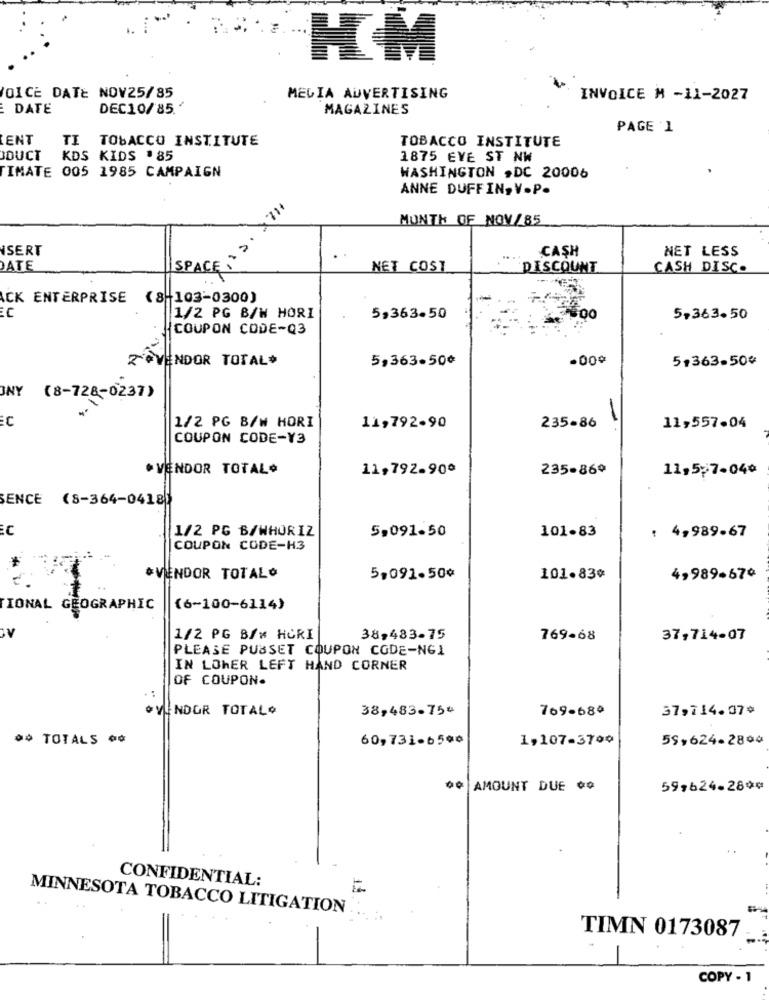
HM
OICE DATE NOV25/85
MELIA ADVERTISING
INVOICE M -11-2027
DATE
DEC10/85.'
MAGAZINES
PAGE 1
ENT
TI TOBACCO INSTITUTE
TOBACCO INSTITUTE
DUCT KDS KIDS .85
1875 EVE ST NW
TIMATE 005 1985 CAMPAIGN
WASHINGTON , DC 20006
ANNE DUFFIN, V.P.
MONTH OF NOV/85
ISERT
CASH
NET LESS
SPACE,>:
DATE
NET COST
DISCOUNT
CASH DISC.
CK ENTERPRISE (8-103-0300)
EC
1/2 PG B/W HORI
5,363.50
5,363.50
HCOUPON CODE-Q3
Z'#VENDOR TOTAL*
5,363-50¢
.000
51363-504
(8-728-0237)
1/2 PG B/W HORI
11,792-90
235-86
11,557-04
COUPON CODE-Y3
* VENDOR TOTAL*
11,792-90º
235-86º
11,57.040
SENCE (8-364-0418)
EC
5,091.50
: 4,989-67
1/2 PG B/WHORIZ
101-83
COUPON CODE-H3
*VENDOR TOTALO
5,091-50¢
101.830
4,989-670
TIONAL GEOGRAPHIC
(6-100-6114)
1/2 PG B/# HCRI
38,483-75
769-68
37,714-07
PLEASE PUBSET COUPON CODE-NGI
IN LOWER LEFT HAND CORNER
OF COUPON.
·VENDOR TOTAL+
38,483-754
769-680
37,714.07*
00 TOTALS o¢
60,731-6590
1,107-3700
59,624-2804
AMOUNT DUE 00
59,624-280¢
CONFIDENTIAL:
MINNESOTA TOBACCO LITIGATION
TIMN 0173087
=
COPY - 1